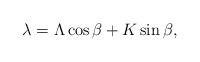
LaTeX: \begin{align*}\lambda = \Lambda \cos{\beta} + K \sin{\beta} ,\end{align*}